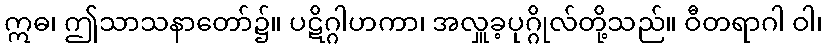
ဣဓ၊ ဤသာသနာတော်၌။ ပဋိဂ္ဂါဟကာ၊ အလှူခ့ပုဂ္ဂိုလ်တို့သည်။ ဝီတရာဂါ ဝါ၊